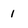
Character: 1